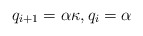
\begin{align*}q_{i+1}=\alpha \kappa, q_i=\alpha\end{align*}